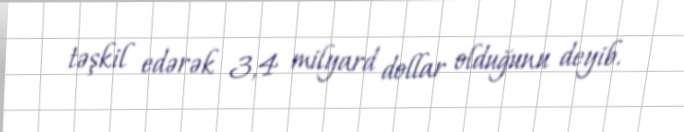
təşkil edərək 3,4 milyard dollar olduğunu deyib.